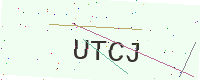
Text: UTCJ